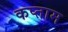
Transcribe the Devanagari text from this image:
कप्ताम